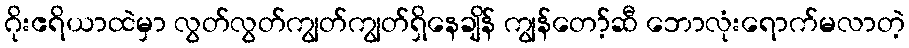
ဂိုးဧရိယာထဲမှာ လွတ်လွတ်ကျွတ်ကျွတ်ရှိနေချိန် ကျွန်တော့်ဆီ ဘောလုံးရောက်မလာတဲ့